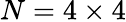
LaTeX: N=4\times 4